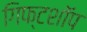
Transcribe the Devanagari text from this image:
गिफ्टशॉप